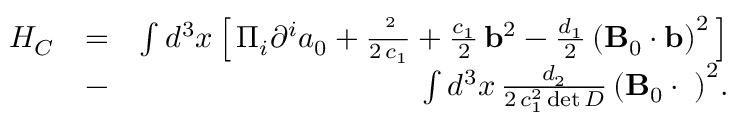
\begin{array} { r l r } { { H _ { C } } } & { = } & { \int { { d ^ { 3 } } x } \left[ \, { { \Pi _ { i } } { \partial ^ { i } } { a _ { 0 } } + \frac { { { { \bf \Pi } ^ { 2 } } } } { { 2 \, { c _ { 1 } } } } + \frac { { { c _ { 1 } } } } { 2 } \, { { \bf b } ^ { 2 } } - \frac { { { d _ { 1 } } } } { 2 } \, { { \left( { { \bf B } _ { 0 } \cdot { \bf b } } \right) } ^ { 2 } } } \, \right] } \\ & { - } & { \int { { d ^ { 3 } } x } \, \frac { { { d _ { 2 } } } } { { 2 \, c _ { 1 } ^ { 2 } \operatorname* { d e t } D } } \, { \left( { { \bf B } _ { 0 } \cdot { \bf \Pi } } \right) ^ { 2 } } . } \end{array}